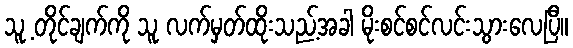
သူ့ တိုင်ချက်ကို သူ လက်မှတ်ထိုးသည့်အခါ မိုးစင်စင်လင်းသွားလေပြီ။